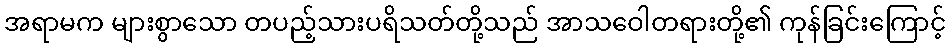
အရာမက များစွာသော တပည့်သားပရိသတ်တို့သည် အာသဝေါတရားတို့၏ ကုန်ခြင်းကြောင့်